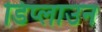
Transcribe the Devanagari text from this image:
डिप्लाउन